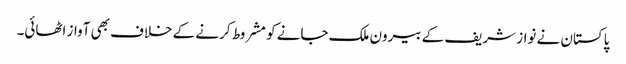
پاکستان نے نواز شریف کے بیرون ملک جانے کو مشروط کرنے کے خلاف بھی آواز اٹھائی۔